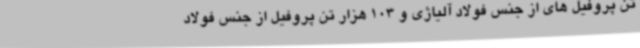
تن پروفیل های از جنس فولاد آلیاژی و 103 هزار تن پروفیل از جنس فولاد